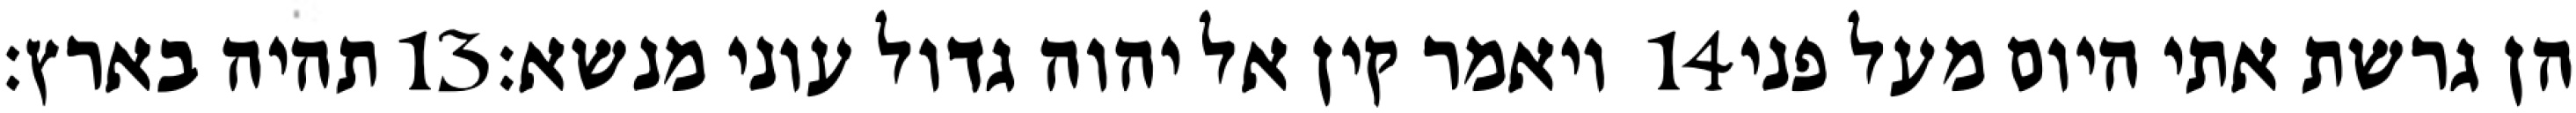
תהיה בארץ׃ ‎13‏ ויאמר קין אל יהוה גדול עוני מנשא׃ ‎14‏ הן גרשת אתי היום מעל פני